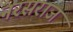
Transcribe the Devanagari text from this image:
नरसराज